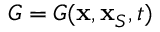
G = G ( { \bf x } , { \bf x } _ { S } , t )